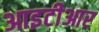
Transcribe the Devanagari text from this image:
आइटीआर